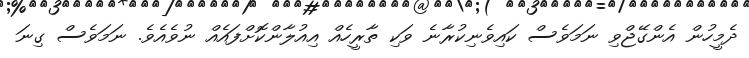
ދެމީހުން އެންގޭޖްވި ނަމަވެސް ކައިވެނިކުރާނެ ވަކި ތާރީހެއް އިއުލާންކޮށްފައެއް ނުވެއެވެ. ނަމަވެސް ގިނަ